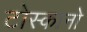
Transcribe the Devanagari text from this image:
टोस्कानो